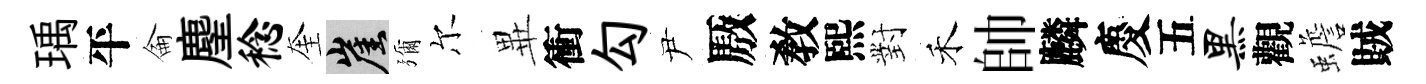
瑀平侖麈稔奎崖彌尔𭺾衝勾尹厫敎熙對禾帥麟慶五黑觀蟾賊